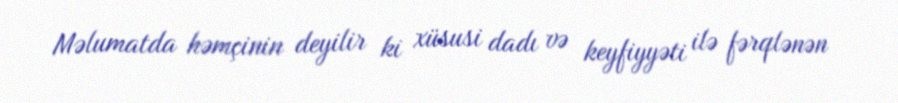
Məlumatda həmçinin deyilir ki xüsusi dadı və keyfiyyəti ilə fərqlənən